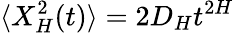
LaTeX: \langle X_{H}^{2}(t)\rangle=2D_{H}t^{2H}